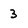
Character: 3